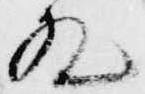
殿